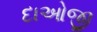
દાઓજી